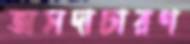
অসদাচারণ